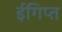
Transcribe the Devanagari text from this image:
ईगिप्त